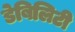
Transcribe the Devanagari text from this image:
डेबिलिटी